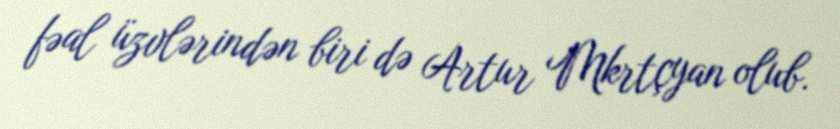
fəal üzvlərindən biri də Artur Mkrtçyan olub.